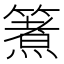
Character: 𮆈